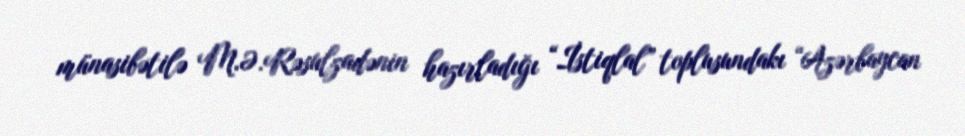
münasibətilə M.Ə.Rəsulzadənin hazırladığı “İstiqlal” toplusundakı “Azərbaycan